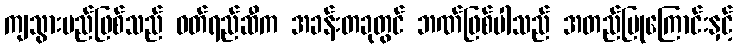
ကျသွားမည်ဖြစ်သည် ဝတ်ရည်ဆီက အခန်းတခုတွင် ဘဏ်ဖြစ်ပါသည် အတည်ပြုကြောင်းနှင့်